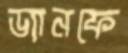
ড্যানফে